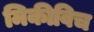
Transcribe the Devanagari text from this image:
मिकीविच